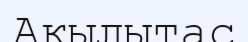
Ақылытас